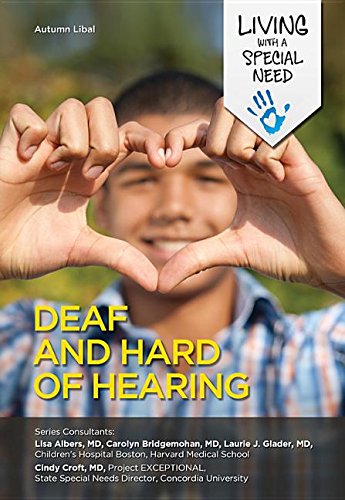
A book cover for Deaf and Hard of Hearing (Living with a Special Need); Autumn Libal; Teen & Young Adult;